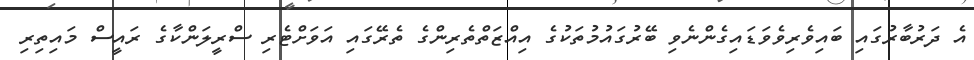
އެ ދަރުބާރުގައި ބައިވެރިވެވަޑައިގެންނެވި ބޭރުގައުމުތަކުގެ އިއްޒަތްތެރިންގެ ތެރޭގައި އަވަށްޓެރި ސްރީލަންކާގެ ރައީސް މައިތިރި